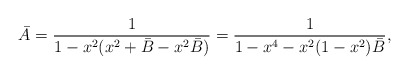
\begin{align*} \bar{A} = \frac{1}{1-x^2(x^2 + \bar{B}-x^2\bar{B})} = \frac{1}{1-x^4- x^2(1-x^2)\bar{B}}, \end{align*}